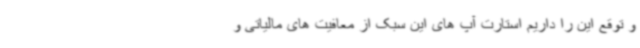
و توقع این را داریم استارت آپ های این سبک از معافیت های مالیاتی و